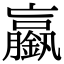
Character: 𨭞